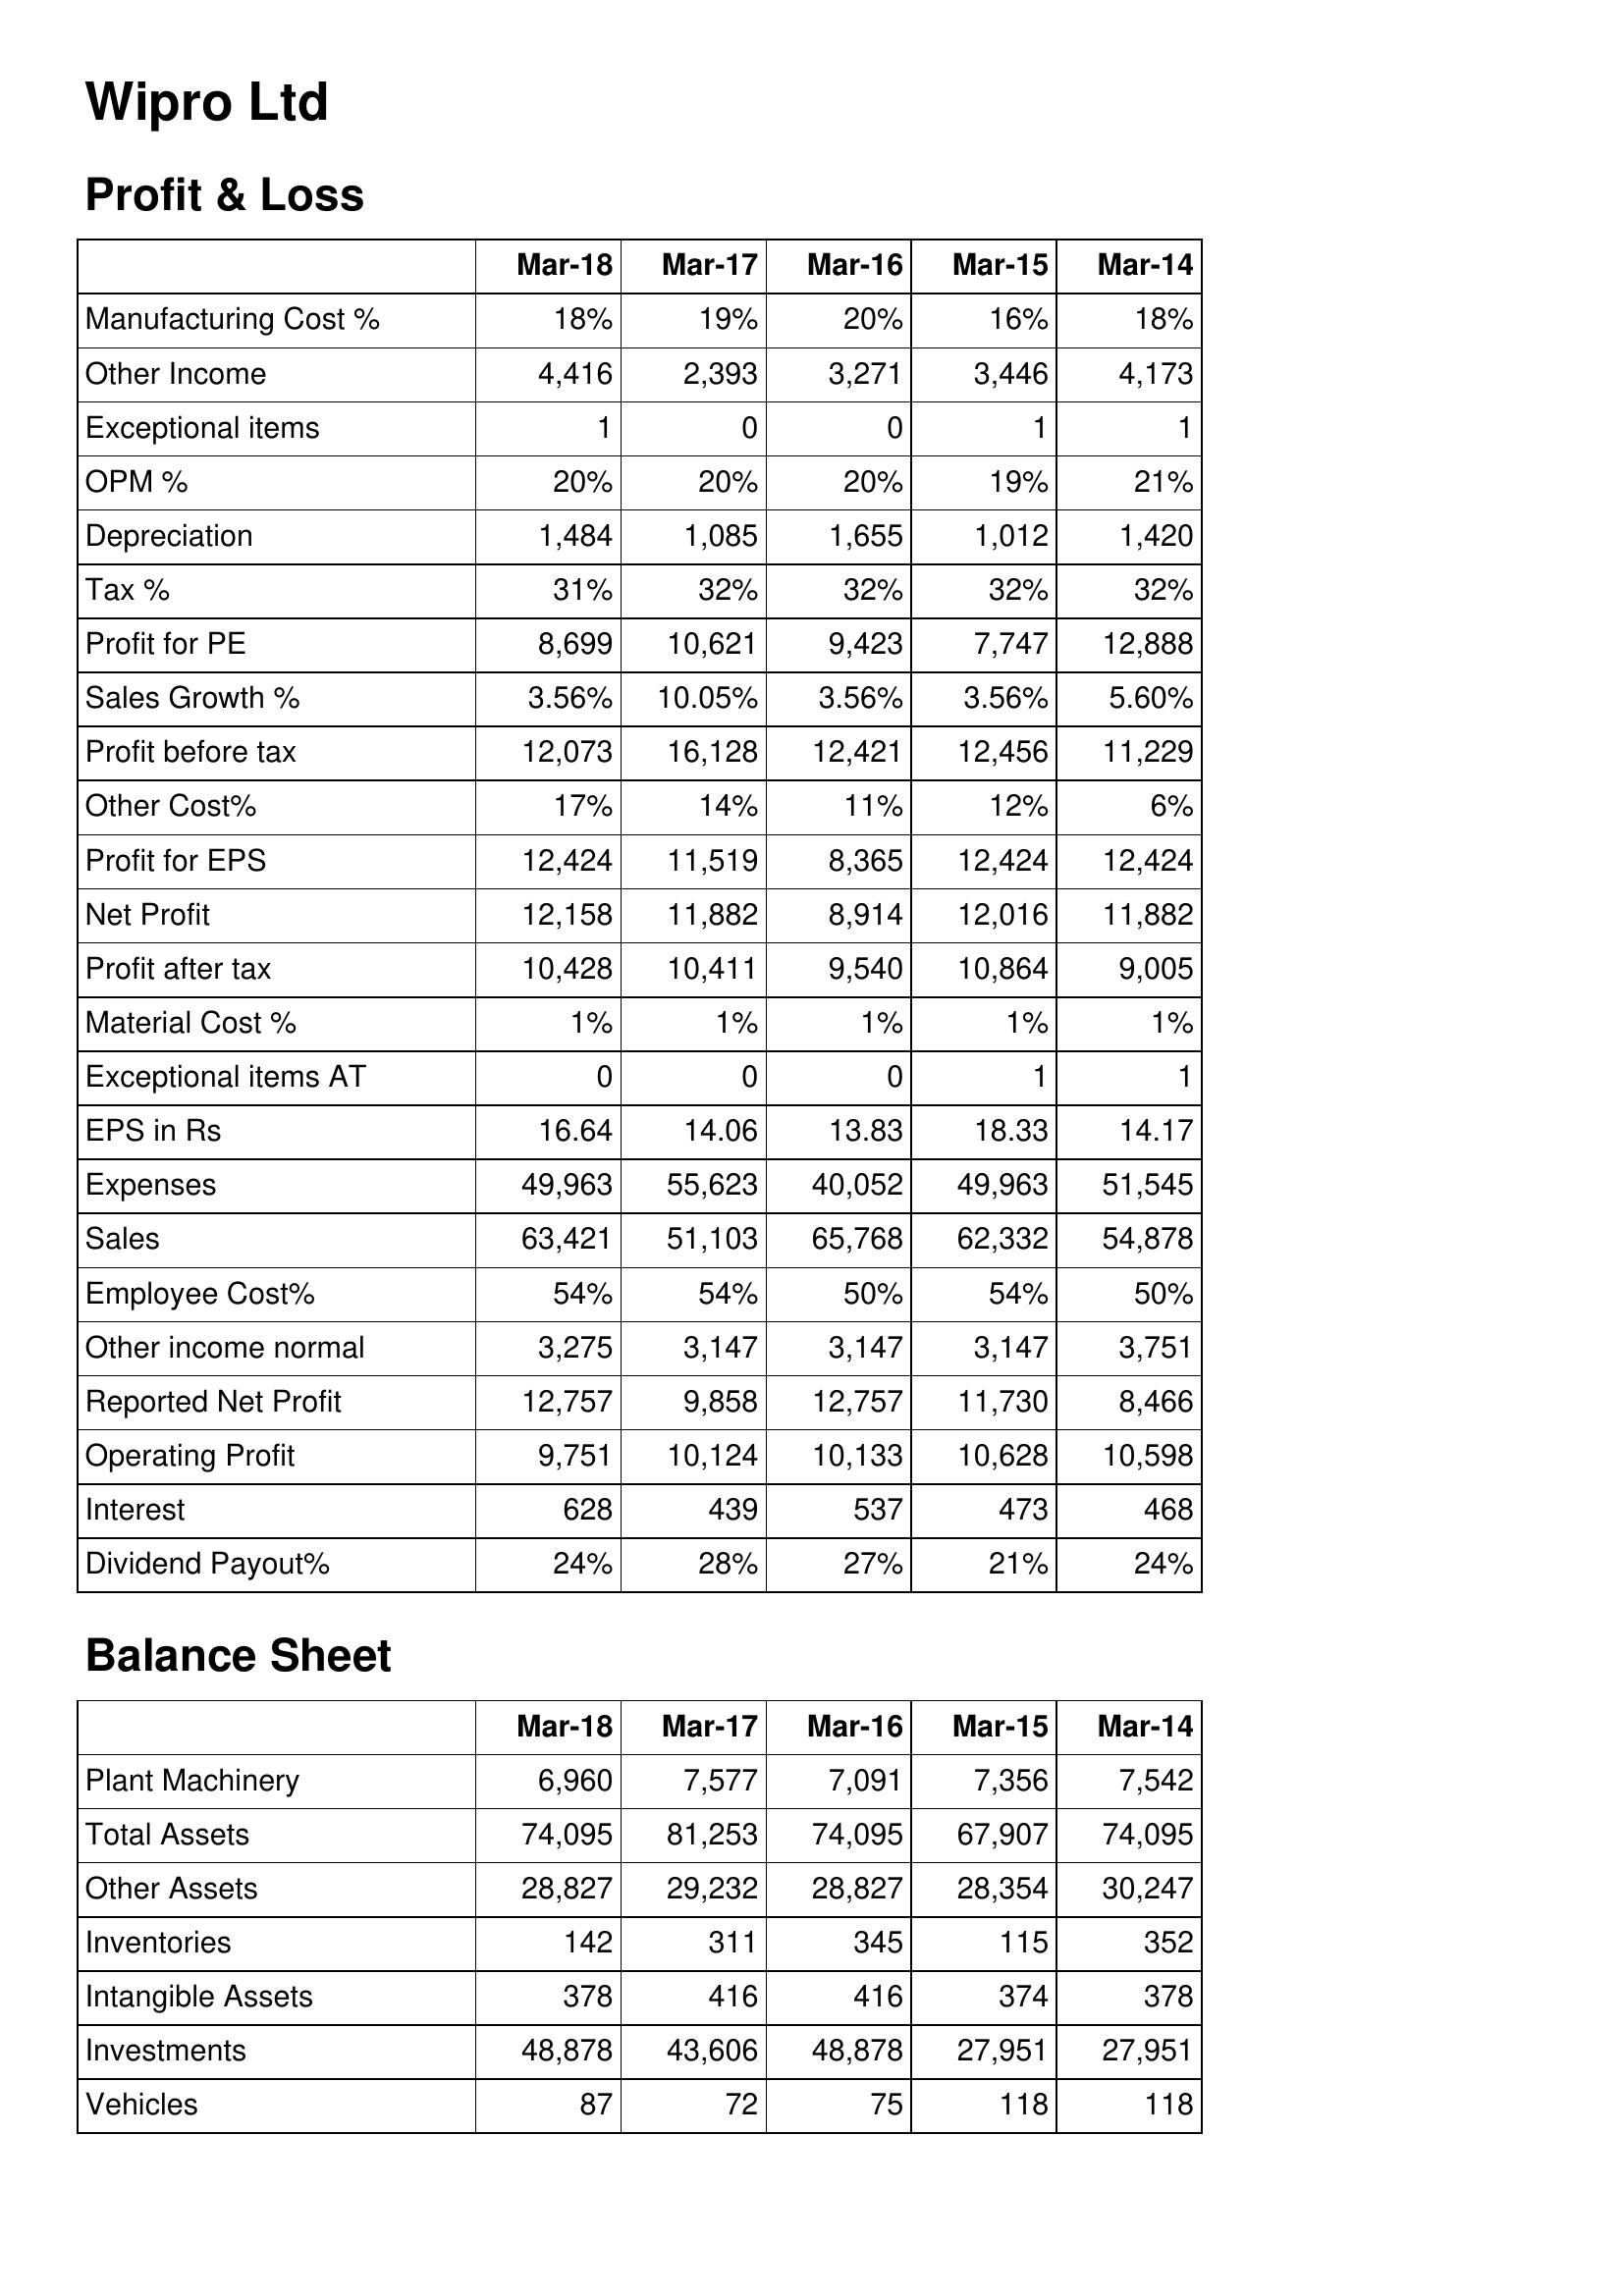
Mar-18: Profit & Loss: Manufacturing Cost %: 18%
Other Income: 4,416
Exceptional items: 1
OPM %: 20%
Depreciation: 1,484
Tax %: 31%
Profit for PE: 8,699
Sales Growth %: 3.56%
Profit before tax: 12,073
Other Cost%: 17%
Profit for EPS: 12,424
Net Profit: 12,158
Profit after tax: 10,428
Material Cost %: 1%
Exceptional items AT: 0
EPS in Rs: 16.64
Expenses: 49,963
Sales: 63,421
Employee Cost%: 54%
Other income normal: 3,275
Reported Net Profit: 12,757
Operating Profit: 9,751
Interest: 628
Dividend Payout%: 24%
Balance Sheet: Plant Machinery: 6,960
Total Assets: 74,095
Other Assets: 28,827
Inventories: 142
Intangible Assets: 378
Investments: 48,878
Vehicles: 87
Mar-17: Profit & Loss: Manufacturing Cost %: 19%
Other Income: 2,393
Exceptional items: 0
OPM %: 20%
Depreciation: 1,085
Tax %: 32%
Profit for PE: 10,621
Sales Growth %: 10.05%
Profit before tax: 16,128
Other Cost%: 14%
Profit for EPS: 11,519
Net Profit: 11,882
Profit after tax: 10,411
Material Cost %: 1%
Exceptional items AT: 0
EPS in Rs: 14.06
Expenses: 55,623
Sales: 51,103
Employee Cost%: 54%
Other income normal: 3,147
Reported Net Profit: 9,858
Operating Profit: 10,124
Interest: 439
Dividend Payout%: 28%
Balance Sheet: Plant Machinery: 7,577
Total Assets: 81,253
Other Assets: 29,232
Inventories: 311
Intangible Assets: 416
Investments: 43,606
Vehicles: 72
Mar-16: Profit & Loss: Manufacturing Cost %: 20%
Other Income: 3,271
Exceptional items: 0
OPM %: 20%
Depreciation: 1,655
Tax %: 32%
Profit for PE: 9,423
Sales Growth %: 3.56%
Profit before tax: 12,421
Other Cost%: 11%
Profit for EPS: 8,365
Net Profit: 8,914
Profit after tax: 9,540
Material Cost %: 1%
Exceptional items AT: 0
EPS in Rs: 13.83
Expenses: 40,052
Sales: 65,768
Employee Cost%: 50%
Other income normal: 3,147
Reported Net Profit: 12,757
Operating Profit: 10,133
Interest: 537
Dividend Payout%: 27%
Balance Sheet: Plant Machinery: 7,091
Total Assets: 74,095
Other Assets: 28,827
Inventories: 345
Intangible Assets: 416
Investments: 48,878
Vehicles: 75
Mar-15: Profit & Loss: Manufacturing Cost %: 16%
Other Income: 3,446
Exceptional items: 1
OPM %: 19%
Depreciation: 1,012
Tax %: 32%
Profit for PE: 7,747
Sales Growth %: 3.56%
Profit before tax: 12,456
Other Cost%: 12%
Profit for EPS: 12,424
Net Profit: 12,016
Profit after tax: 10,864
Material Cost %: 1%
Exceptional items AT: 1
EPS in Rs: 18.33
Expenses: 49,963
Sales: 62,332
Employee Cost%: 54%
Other income normal: 3,147
Reported Net Profit: 11,730
Operating Profit: 10,628
Interest: 473
Dividend Payout%: 21%
Balance Sheet: Plant Machinery: 7,356
Total Assets: 67,907
Other Assets: 28,354
Inventories: 115
Intangible Assets: 374
Investments: 27,951
Vehicles: 118
Mar-14: Profit & Loss: Manufacturing Cost %: 18%
Other Income: 4,173
Exceptional items: 1
OPM %: 21%
Depreciation: 1,420
Tax %: 32%
Profit for PE: 12,888
Sales Growth %: 5.60%
Profit before tax: 11,229
Other Cost%: 6%
Profit for EPS: 12,424
Net Profit: 11,882
Profit after tax: 9,005
Material Cost %: 1%
Exceptional items AT: 1
EPS in Rs: 14.17
Expenses: 51,545
Sales: 54,878
Employee Cost%: 50%
Other income normal: 3,751
Reported Net Profit: 8,466
Operating Profit: 10,598
Interest: 468
Dividend Payout%: 24%
Balance Sheet: Plant Machinery: 7,542
Total Assets: 74,095
Other Assets: 30,247
Inventories: 352
Intangible Assets: 378
Investments: 27,951
Vehicles: 118